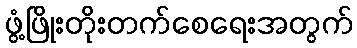
ဖွံ့ဖြိုးတိုးတက်စေရေးအတွက်